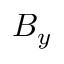
B _ { y }